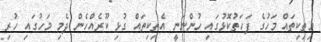
މިތިކިތައް މަހުގެ ފަަހަތުކޮޅުގައި ހުންނަނީ އެތިކިތައް ގުޅި ކޫރެއްހެން ދެމި މަހުގައި ހުރި